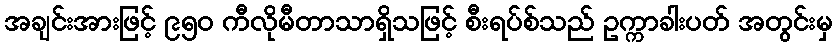
အချင်းအားဖြင့် ၉၅၀ ကီလိုမီတာသာရှိသဖြင့် စီးရပ်စ်သည် ဥက္ကာခါးပတ် အတွင်းမှ